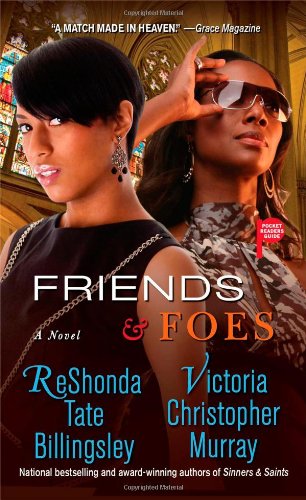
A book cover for Friends & Foes; ReShonda Tate Billingsley; Mystery, Thriller & Suspense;